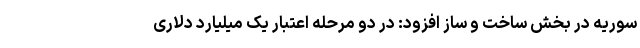
سوریه در بخش ساخت و ساز افزود: در دو مرحله اعتبار یک میلیارد دلاری